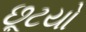
છૂટયો